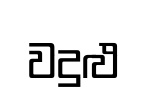
වදුළු